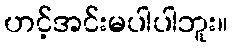
ဟင့်အင်းမပါပါဘူး။